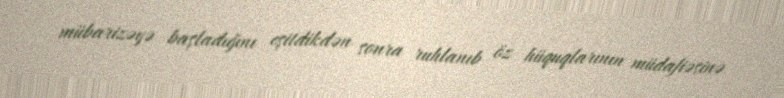
mübarizəyə başladığını eşitdikdən sonra ruhlanıb öz hüquqlarının müdafiəsinə